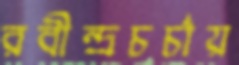
রবীন্দ্রচর্চায়